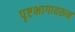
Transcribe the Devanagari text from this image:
पृष्टभागावरून